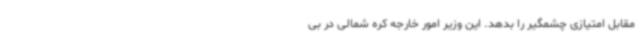
مقابل امتیازی چشمگیر را بدهد. این وزیر امور خارجه کره شمالی در بی